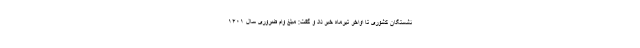
نشستگان کشوری تا اواخر تیرماه خبر داد و گفت: مبلغ وام ضروری سال ۱۴۰۱